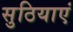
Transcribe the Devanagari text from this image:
सुठियाएं